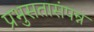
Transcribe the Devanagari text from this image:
प्रभुसतासंपन्न